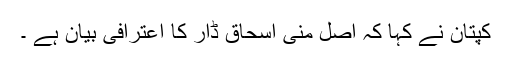
کپتان نے کہا کہ اصل منی اسحاق ڈار کا اعترافی بیان ہے ۔